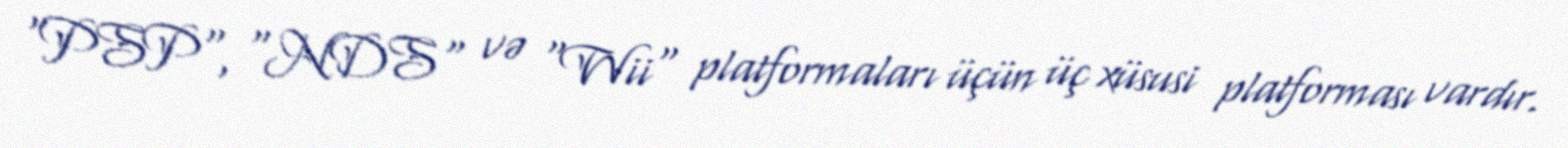
"PSP", "NDS" və "Wii" platformaları üçün üç xüsusi platforması vardır.